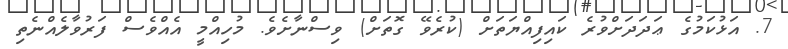
7. އަޅުކަމުގެ ޢަދަދަށްވުރެ ކައިފިއްޔަތަށް (ކުރެވޭ ގޮތަށް) ވިސްނާށެވެ. މުހިއްމީ އެއްވެސް ފަރުވާލެއްނެތި